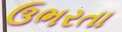
ઉભરતા